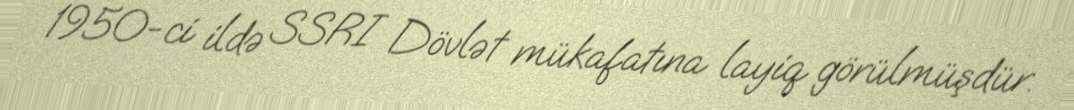
1950-ci ildə SSRI Dövlət mükafatına layiq görülmüşdür.